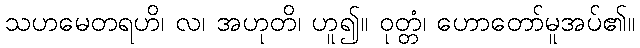
သဟမေတရဟိ၊ လ၊ အဟုတိ၊ ဟူ၍။ ဝုတ္တံ၊ ဟောတော်မူအပ်၏။